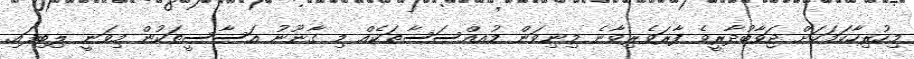
މިހުރިހާކަމަކަށް ޖަވާބުދާރީވެ ފާރަވެރިވާނެ މިނިވަން މުއއްސަސާތަކެއް މި ގާނޫނު އަސާސީތަކުން މިވަނީ ލިބިފައި.